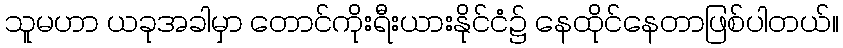
သူမဟာ ယခုအခါမှာ တောင်ကိုးရီးယားနိုင်ငံ၌ နေထိုင်နေတာဖြစ်ပါတယ်။